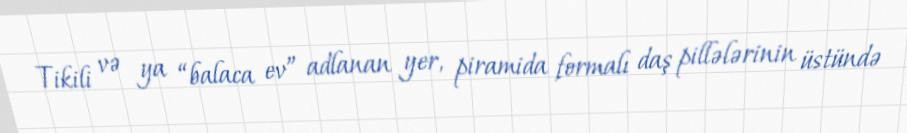
Tikili və ya “balaca ev” adlanan yer, piramida formalı daş pillələrinin üstündə